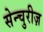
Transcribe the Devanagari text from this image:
सेन्चुरीज़